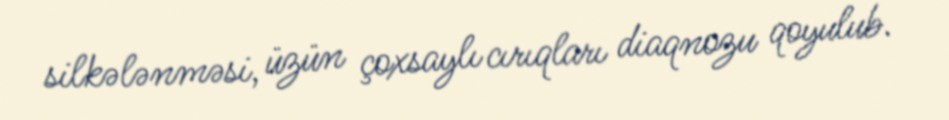
silkələnməsi, üzün çoxsaylı cırıqları diaqnozu qoyulub.